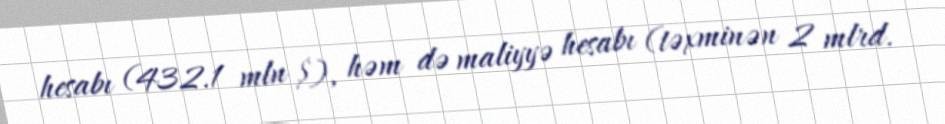
hesabı (432.1 mln $), həm də maliyyə hesabı (təxminən 2 mlrd.